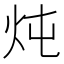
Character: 炖